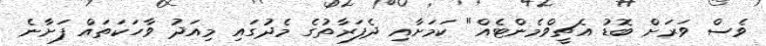
ވެސް ވަރަށް ބޮޑު އެޗީވްމެންޓެއް" ކަމަށާއި ދެފަރާތުގެ މެދުގައި މިއަދު ވާހަކަތައް ފަށާނެ